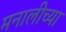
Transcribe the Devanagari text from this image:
मनालीच्या